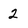
Character: 2